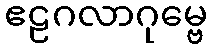
ဧဠဂလာဂုမ္ဗေ